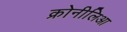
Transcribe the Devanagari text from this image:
क्रोनीलिआ